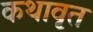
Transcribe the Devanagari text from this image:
कथावृत